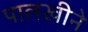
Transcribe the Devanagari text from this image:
पालखीने